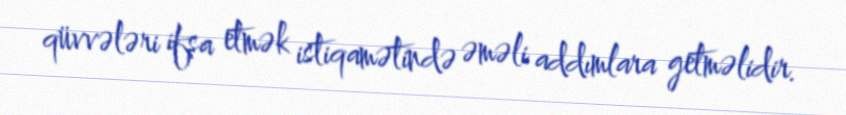
qüvvələri ifşa etmək istiqamətində əməli addımlara getməlidir.